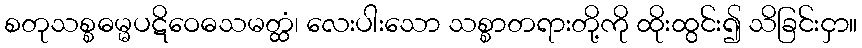
စတုသစ္စဓမ္မပဋိဝေဓသမတ္ထံ၊ လေးပါးသော သစ္စာတရားတို့ကို ထိုးထွင်း၍ သိခြင်းငှာ။